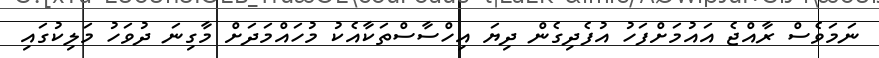
ނަމަވެސް ރާއްޖެ އައުމަށްފަހު އުފެދިގެން ދިޔަ އިހްސާސްތަކާއެކު މުހައްމަދަށް މާގިނަ ދުވަހު މަލިކުގައި